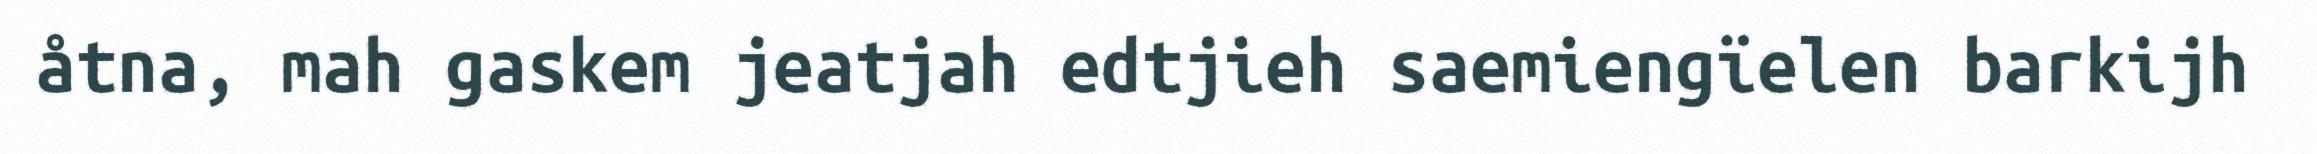
åtna, mah gaskem jeatjah edtjieh saemiengïelen barkijh